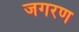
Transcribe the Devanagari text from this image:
जगरण